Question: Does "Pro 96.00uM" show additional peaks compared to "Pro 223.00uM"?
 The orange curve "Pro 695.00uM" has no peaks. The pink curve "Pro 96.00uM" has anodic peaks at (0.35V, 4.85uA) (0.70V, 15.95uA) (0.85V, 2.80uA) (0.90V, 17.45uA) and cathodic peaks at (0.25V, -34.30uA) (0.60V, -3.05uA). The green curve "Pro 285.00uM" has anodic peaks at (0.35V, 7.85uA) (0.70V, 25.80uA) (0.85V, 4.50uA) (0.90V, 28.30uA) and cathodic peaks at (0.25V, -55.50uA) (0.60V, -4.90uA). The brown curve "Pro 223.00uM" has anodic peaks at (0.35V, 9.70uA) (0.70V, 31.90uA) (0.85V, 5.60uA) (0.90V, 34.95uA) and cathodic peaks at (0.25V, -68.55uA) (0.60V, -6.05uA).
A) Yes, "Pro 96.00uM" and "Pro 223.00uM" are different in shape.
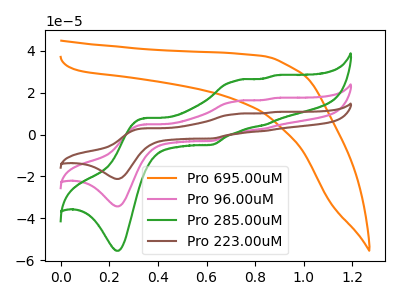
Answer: <think>"Pro 96.00uM" and "Pro 223.00uM" have at least one peak that do not match.
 </think>
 <answer>A) Yes, "Pro 96.00uM" and "Pro 223.00uM" are different in shape.</answer>
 <eval>A</eval>